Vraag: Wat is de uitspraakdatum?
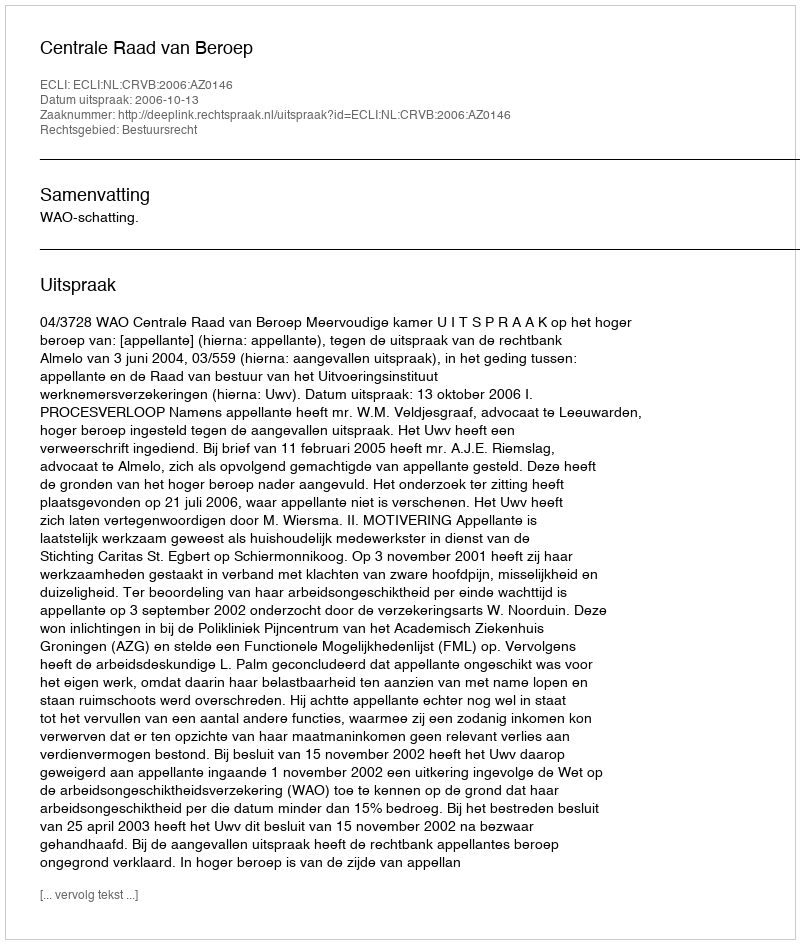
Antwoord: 2006-10-13